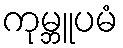
ကုမ္ဘူပမံ